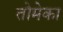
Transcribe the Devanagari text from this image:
तोमेका